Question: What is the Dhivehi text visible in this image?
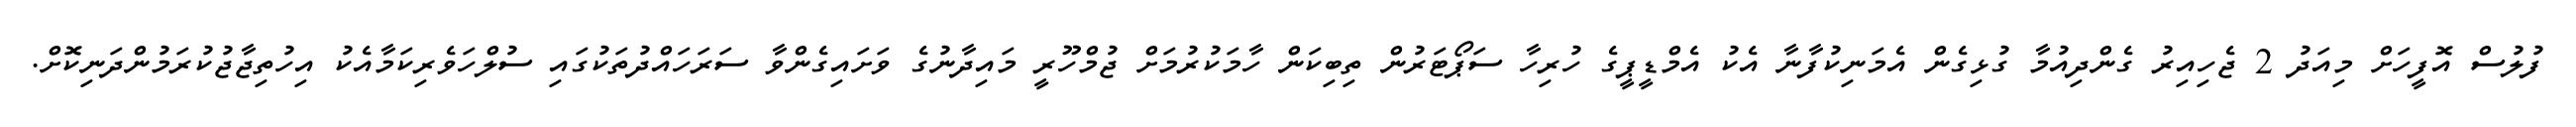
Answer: ފުލުސް އޮފީހަށް މިއަދު 2 ޖެހިއިރު ގެންދިއުމާ ގުޅިގެން އެމަނިކުފާނާ އެކު އެމްޑީޕީގެ ހުރިހާ ސަޕޯޓަރުން ތިބިކަން ހާމަކުރުމަށް ޖުމްހޫރީ މައިދާނުގެ ވަށައިގެންވާ ސަރަހައްދުތަކުގައި ސުލްހަވެރިކަމާއެކު އިހުތިޖާޖުކުރަމުންދަނިކޮށް.